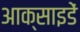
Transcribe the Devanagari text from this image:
आक्साइडें